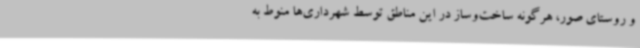
و روستای صور، هرگونه ساخت‌وساز در این مناطق توسط شهرداری‌ها منوط به